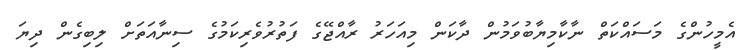
އެމީހުންގެ މަސައްކަތް ނާކާމިޔާބުވަމުން ދާކަން މިއަހަރު ރާއްޖޭގެ ފަތުރުވެރިކަމުގެ ސިނާއަތަށް ލިބިގެން ދިޔަ